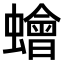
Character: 𧒯